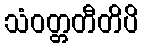
သံဝတ္တတီတိပိ